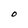
Character: O